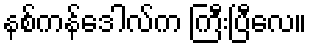
နစ်ကန်ဒေါလ်က ကြီးပြီလေ။